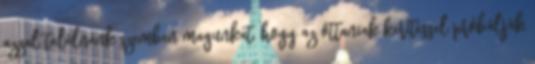
azzal találnánk szemben magunkat, hogy az ottaniak kerítéssel próbálják